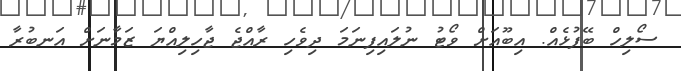
ސޯލިހް ބޭފުޅެއް. އިބޫއަށް ވޯޓު ނުލައިފިނަމަ ދިވެހި ރާއްޖެ ޖާހިލިއްޔަ ޒަމާނަށް އަނބުރާ